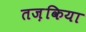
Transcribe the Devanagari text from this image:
तज़किया